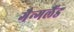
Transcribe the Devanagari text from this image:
गैन्गलैंड